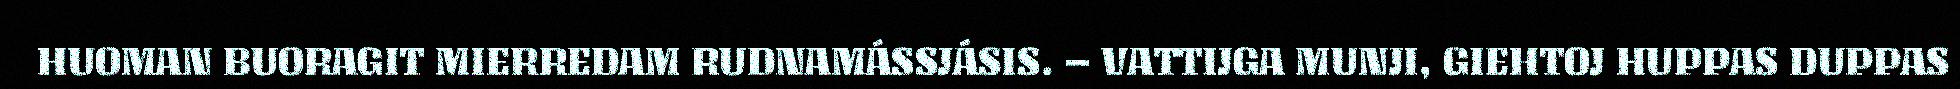
HUOMAN BUORAGIT MIERREDAM RUDNAMÁSSJÁSIS. – VATTIJGA MUNJI, GIEHTOJ HUPPAS DUPPAS